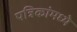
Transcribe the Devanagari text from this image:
पत्रिकांमध्ये